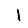
Digit: 1